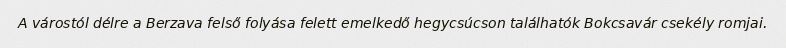
A várostól délre a Berzava felső folyása felett emelkedő hegycsúcson találhatók Bokcsavár csekély romjai.